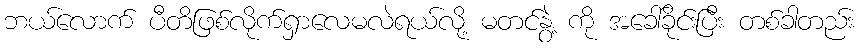
ဘယ်လောက် ပီတိဖြစ်လိုက်ရှာလေမလဲရယ်လို့ မတင်နွဲ့ ကို အခေါ်ခိုင်းပြီး တစ်ခါတည်း